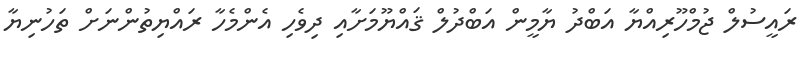
ރައީސުލް ޖުމްހޫރިއްޔާ އަބްދު ޔާމީން އަބްދުލް ޤައްޔޫމަށާއި ދިވެހި އެންމެހާ ރައްޔިތުންނަށް ތަހުނިޔާ